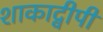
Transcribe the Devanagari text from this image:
शाकाद्वीपी